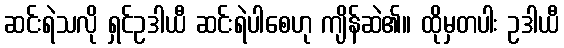
ဆင်းရဲသလို ရှင်ဥဒါယီ ဆင်းရဲပါစေဟု ကျိန်ဆဲ၏။ ထိုမှတပါး ဥဒါယီ